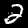
Digit: 2